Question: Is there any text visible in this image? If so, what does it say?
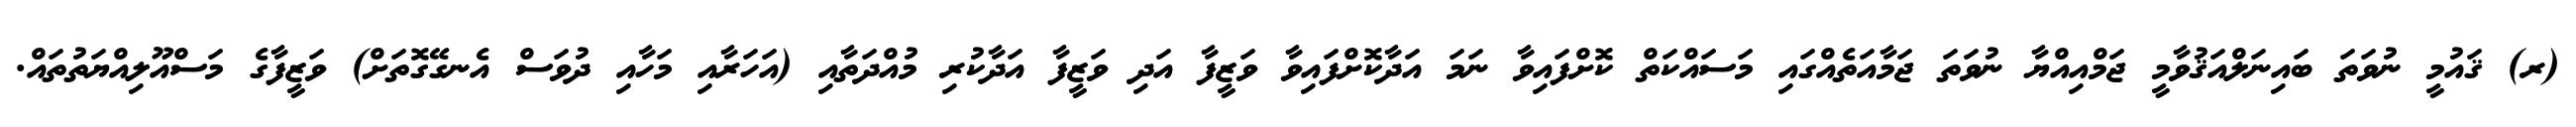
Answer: (ރ) ޤައުމީ ނުވަތަ ބައިނަލްއަޤުވާމީ ޖަމްއިއްޔާ ނުވަތަ ޖަމާއަތެއްގައި މަސައްކަތް ކޮށްފައިވާ ނަމަ އަދާކޮށްފައިވާ ވަޒީފާ އަދި ވަޒީފާ އަދާކުރި މުއްދަތާއި (އަހަރާއި މަހާއި ދުވަސް އެނގޭގޮތަށް) ވަޒީފާގެ މަސްއޫލިއްޔަތުތައް.